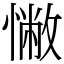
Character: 𢠳